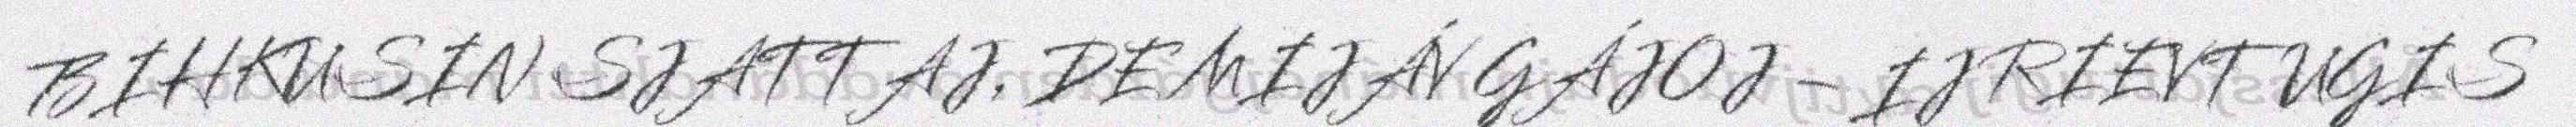
BIHKUSIN SJATTAJ, DE MIJÁV GÁJOJ – IJ RIEVTUGIS